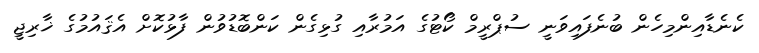
ކެނެޑާއިންމިހެން ބުނެފައިވަނީ ސުޕްރީމް ކޯޓުގެ އަމުރާއި ގުޅިގެން ކަންބޮޑުވުން ފާޅުކޮށް އެޤައުމުގެ ޚާރިޖީ